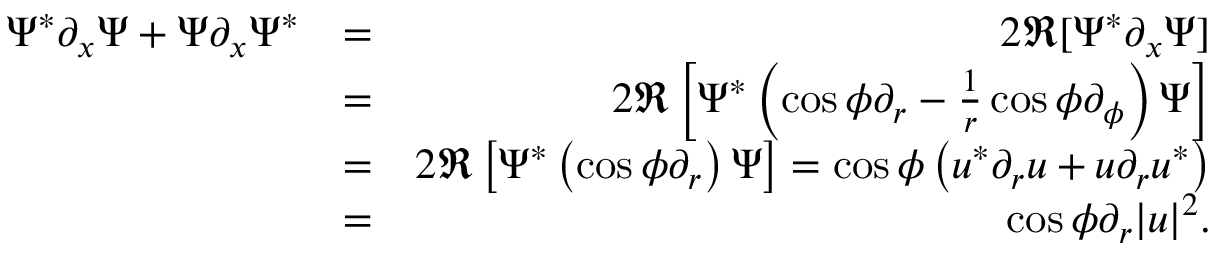
\begin{array} { r l r } { \Psi ^ { * } \partial _ { x } \Psi + \Psi \partial _ { x } \Psi ^ { * } } & { = } & { 2 \Re [ \Psi ^ { * } \partial _ { x } \Psi ] } \\ & { = } & { 2 \Re \left[ \Psi ^ { * } \left( \cos \phi \partial _ { r } - \frac { 1 } { r } \cos \phi \partial _ { \phi } \right) \Psi \right] } \\ & { = } & { 2 \Re \left[ \Psi ^ { * } \left( \cos \phi \partial _ { r } \right) \Psi \right] = \cos \phi \left( u ^ { * } \partial _ { r } u + u \partial _ { r } u ^ { * } \right) } \\ & { = } & { \cos \phi \partial _ { r } | u | ^ { 2 } . } \end{array}